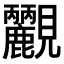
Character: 𧢮